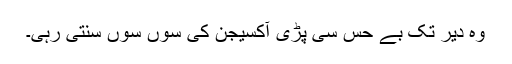
وہ دیر تک بے حس سی پڑی آکسیجن کی سوں سوں سنتی رہی۔